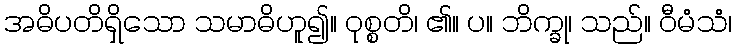
အဓိပတိရှိသော သမာဓိဟူ၍။ ဝုစ္စတိ၊ ၏။ ပ။ ဘိက္ခု၊ သည်။ ဝီမံသံ၊